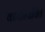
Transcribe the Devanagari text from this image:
कार्यान्यवित